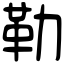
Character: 勒